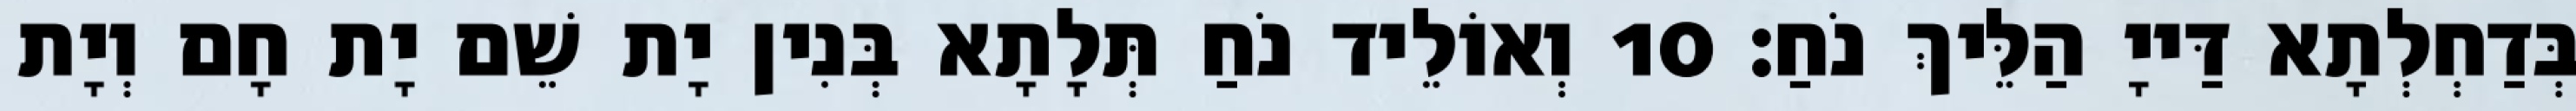
בְּדַחְלְתָא דַּייָ הַלֵּיךְ נֹחַ׃ 10 וְאוֹלֵיד נֹחַ תְּלָתָא בְּנִין יָת שֵׁם יָת חָם וְיָת